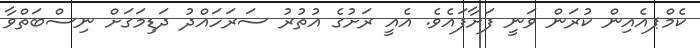
ކެމްޕއެއިން ކުރަން ވަނީ ފަށާފައެވެ. އެއީ ރަށުގެ އުތުރު ސަރަހައްދު ދަޑިމަގަށް ނިސްބަތްވާ